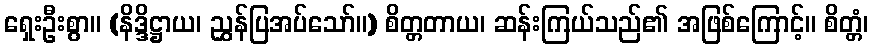
ရှေးဦးစွာ။ (နိဒ္ဒိဋ္ဌာယ၊ ညွှန်ပြအပ်သော်။) စိတ္တတာယ၊ ဆန်းကြယ်သည်၏ အဖြစ်ကြောင့်။ စိတ္တံ၊